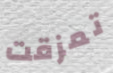
تمزقت